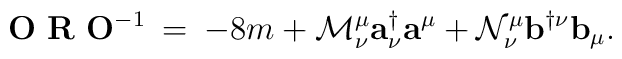
{\mathbf O}\,\,{\mathbf R}\,\,{\mathbf O}^{-1} \:=\:  -8m +{\cal M}_{\nu}^{\mu}{\mathbf a}^{\dagger}_{\nu}{\mathbf a}^{\mu} +{\cal N}_{\nu}^{\mu}{\mathbf b}^{\dagger\nu}{\mathbf b}_{\mu}.